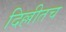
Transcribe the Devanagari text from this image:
दिल्लीतच